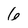
Character: 6